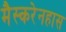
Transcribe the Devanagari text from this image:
मैस्करेनहास